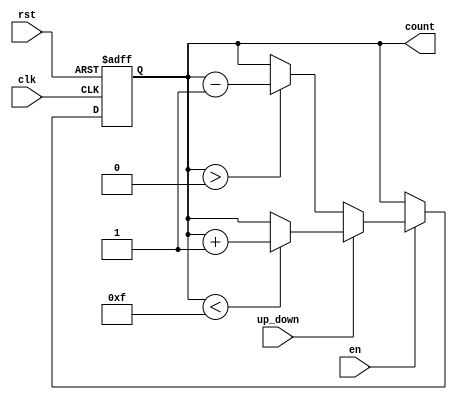
module up_down_counter (
    input wire clk,            // Clock signal
    input wire rst,            // Asynchronous reset
    input wire en,             // Enable signal
    input wire up_down,        // Up/Down control signal
    output reg [n-1:0] count   // n-bit output count
);

parameter n = 4; // Define the bit-width of the counter

// Asynchronous reset and counting logic
always @(posedge clk or posedge rst) begin
    if (rst) begin
        count <= 0; // Reset count to 0
    end else if (en) begin
        if (up_down) begin
            // Count up
            if (count < (2**n - 1)) begin
                count <= count + 1; // Increment count
            end
        end else begin
            // Count down
            if (count > 0) begin
                count <= count - 1; // Decrement count
            end
        end
    end
    // If enable is low, the counter holds its current value
end

endmodule